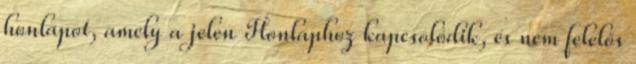
honlapot, amely a jelen Honlaphoz kapcsolódik, és nem felelős